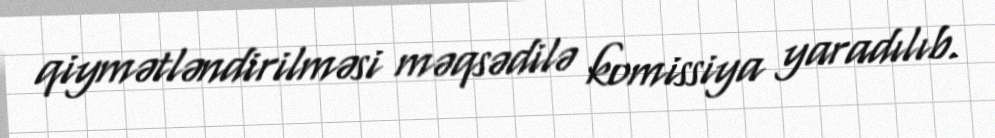
qiymətləndirilməsi məqsədilə komissiya yaradılıb.